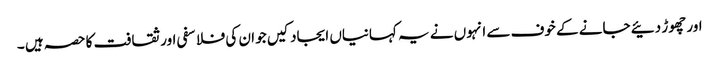
اور چھوڑ دئیے جانے کے خوف سے انہوں نے یہ کہانیاں ایجاد کیں جو ان کی فلاسفی اور ثقافت کا حصہ ہیں ۔